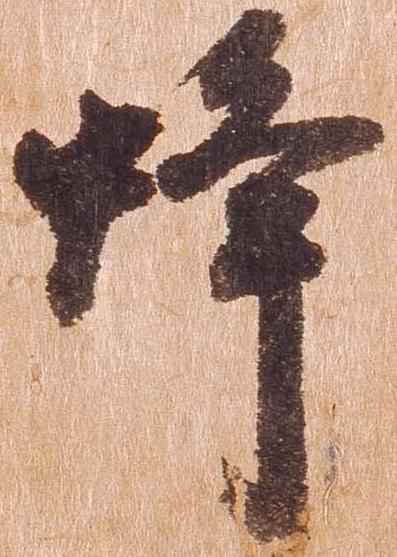
蜂